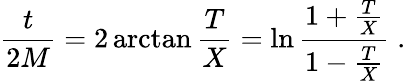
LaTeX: {\frac{t}{2M}}=2\arctan{\frac{T}{X}}=\ln\frac{1+{\frac{T}{X}}}{1-{\frac{T}{X}}}\; .